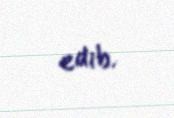
edib.